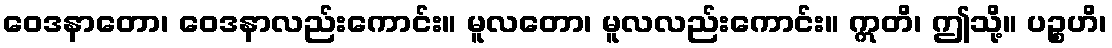
ဝေဒနာတော၊ ဝေဒနာလည်းကောင်း။ မူလတော၊ မူလလည်းကောင်း။ ဣတိ၊ ဤသို့။ ပဉ္စဟိ၊